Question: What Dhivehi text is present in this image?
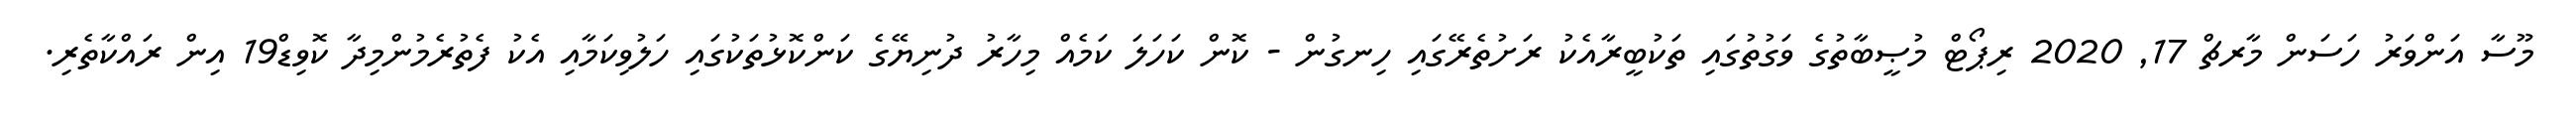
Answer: މޫސާ އަންވަރު ހަސަން މާރޗް 17, 2020 ރިޕޯޓް މުޞީބާތުގެ ވަގުތުގައި ތަކުބީރާއެކު ރަށުތެރޭގައި ހިނގުން - ކޮން ކަހަލަ ކަމެއް މިހާރު ދުނިޔޭގެ ކަންކޮޅުތަކުގައި ހަލުވިކަމާއި އެކު ފެތުރެމުންމިދާ ކޮވިޑް19 އިން ރައްކާތެރި.